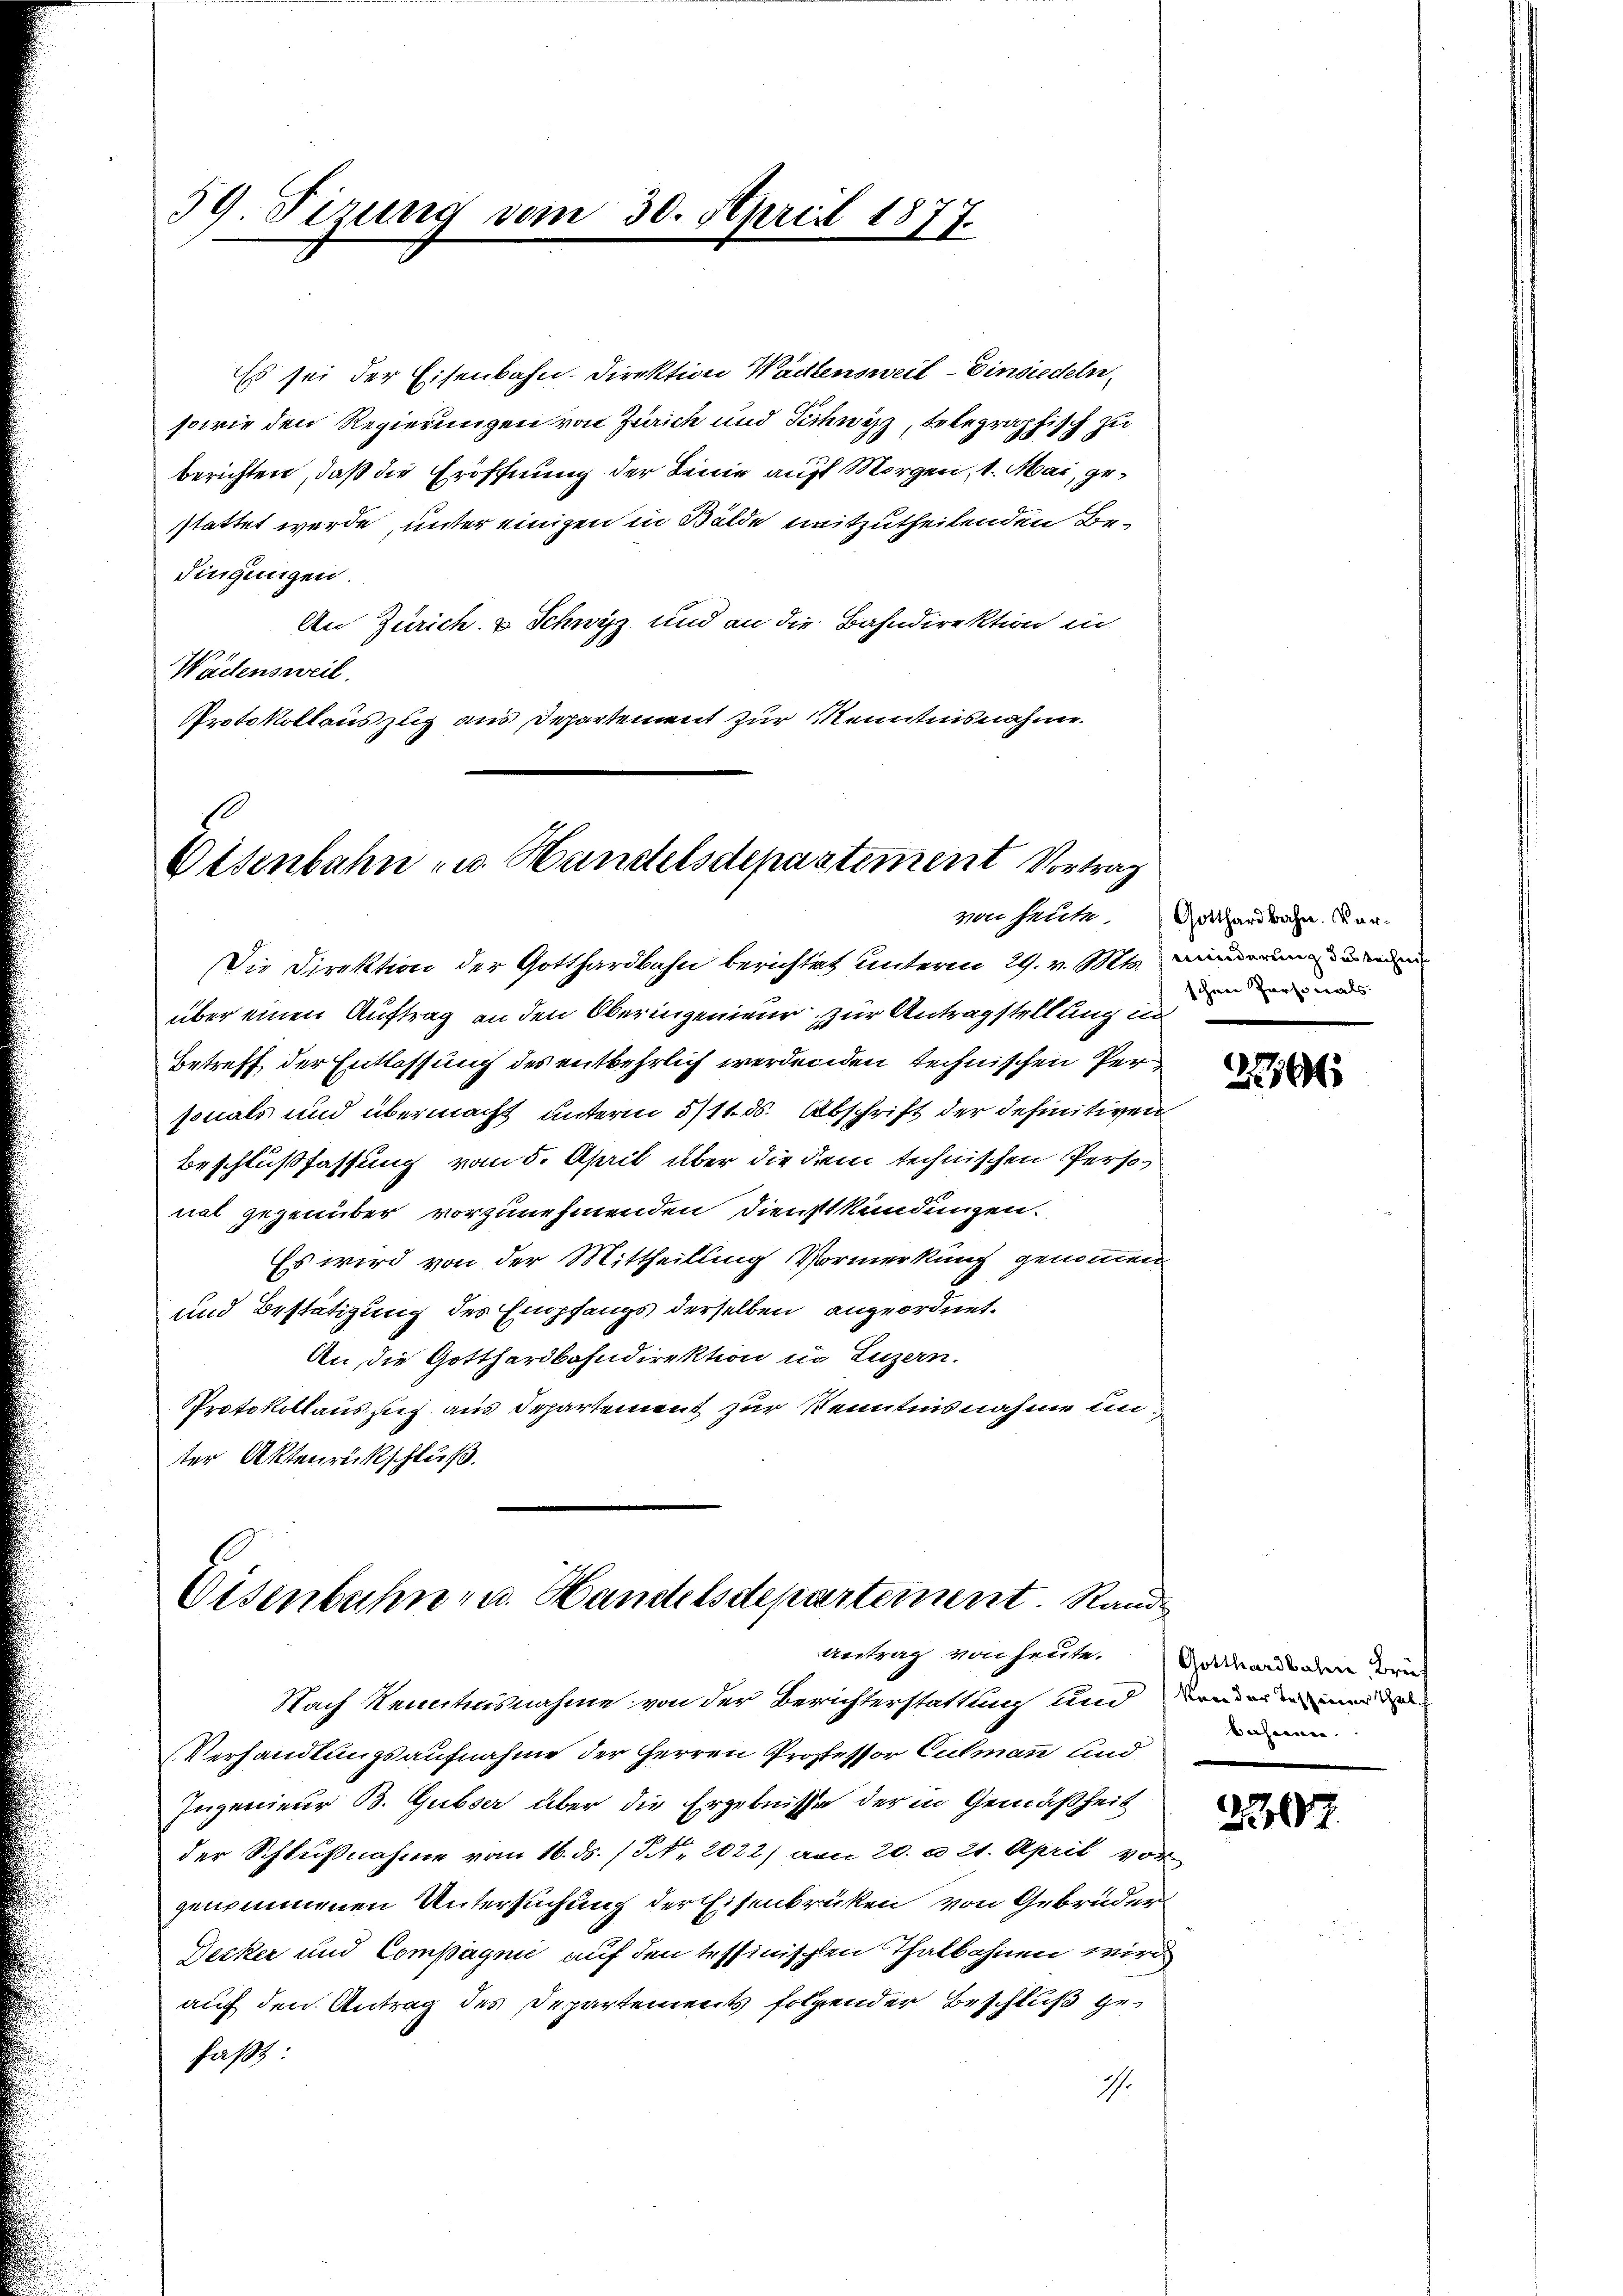
stattet werde, unter einigen in Bälde mitzutheilenden Bedingungen.
An Zürich, u Schwyz und an die Bahndirektion in
Wädensweil.
Protokollauszug aus Departement zur Kenntnisnahme.

59 Firung vom

30. April 1877.

Eisenbahn zu Handelsdepartement Vortrag
von heute.

Eisenbahn- u. Handelsdepartement. Rande
Antrag von heute.

Es sei der Eisenbahn-Direktion Wächtensweil–Einsiedeln,
sowie den Regierungen von Zürich und Schwitz, telegraphisch zu
berichten, daß die Eröffnung der Linie auf Morgen, 1. Mai, ge¬

Die Direktion der Gotthardbahn berichtet unterm 29. v. Mts. minderung werden
über einen Auftrag an den Oberingenieur zur Antragstellung in
Betreff der Entlassung des entbehrlich werdenden technischen Personals und übermacht unterm 5/11. ds. Abschrift der definitiven
Beschlußfassung vom 5. April über die dem technischen Personat gegenüber vorzunehmenden Dienstkündungen.
Es wird von der Mittheilung Vormerkung genommen
und Bestätigung des Empfangs derselben angeordnet.
An die Gotthardbahndirektion in Luzern.
Protokollauszug aus Departement zur Kenntnisnahme unter Aktenrückschluß.

Nach Kenntnisnahme von der Berichterstattung und den einende
Verhandlungsaufnahme der Herren Professor Culmann und
Ingenieur B. Gubser über die Ergebnisse der in Gemäßheit
der Schlußnahme vom 16. ds. / NNo. 2022) am 20. a 21. April vor
genommenen Untersuchung der Eisenbrüken von Gebrüder
Decker und Compagnie auf den tessinischen Thalbahnen wird
auf den Antrag des Departements folgender Beschluß gefaßt:
I.

Gotthardbahn. Verschöne Personals

2764

Gotthardbahne, Brief
besienen.

2307